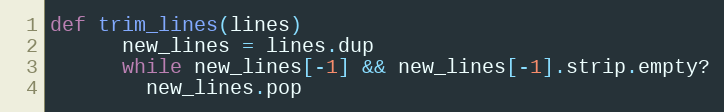
Language: Ruby
def trim_lines(lines)
      new_lines = lines.dup
      while new_lines[-1] && new_lines[-1].strip.empty?
        new_lines.pop